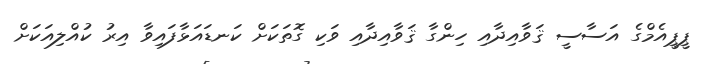
ޕީޕީއެމްގެ އަސާސީ ޤަވާއިދާއި ހިންގާ ޤަވާއިދާއި ވަކި ގޮތަކަށް ކަނޑައަޅާފައިވާ އިރު ކުއްލިއަކަށް